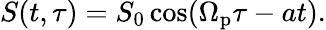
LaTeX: S(t,\tau)=S_{0}\cos(\Omega_{\mathrm{p}}\tau-at).